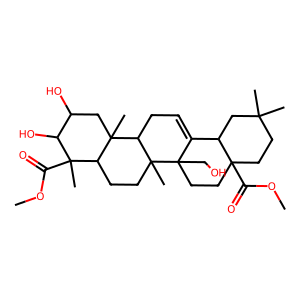
SMILES: COC(=O)C12CCC(C)(C)CC1C1=CCC3C4(C)CC(O)C(O)C(C)(C(=O)OC)C4CCC3(C)C1(CO)CC2
Inhibits HIV replication: No